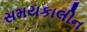
સમયકાલીન